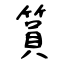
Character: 篔